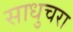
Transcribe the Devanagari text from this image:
साधुचरा